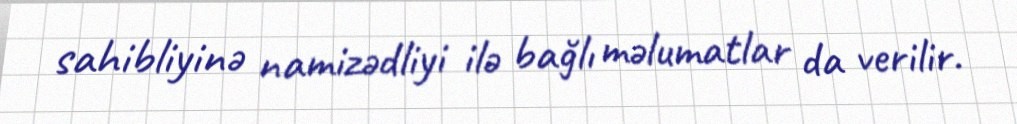
sahibliyinə namizədliyi ilə bağlı məlumatlar da verilir.